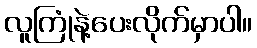
လူကြုံနဲ့ပေးလိုက်မှာပါ။